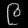
Digit: ၉